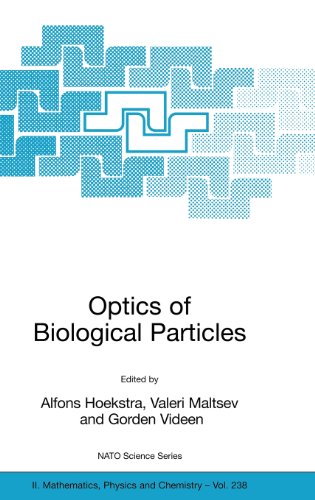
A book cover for Optics of Biological Particles (Nato Science Series II:); Science & Math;